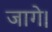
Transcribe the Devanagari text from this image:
जागे।